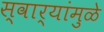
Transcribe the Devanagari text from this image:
स्वार्‍यांमुळे